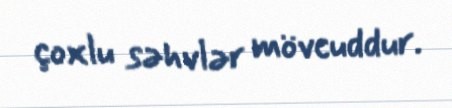
çoxlu səhvlər mövcuddur.